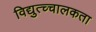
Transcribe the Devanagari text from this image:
विद्युत्च्चालकता